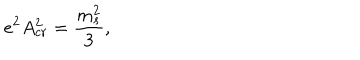
e ^ { 2 } A _ { c r } ^ { 2 } = { \frac { m _ { s } ^ { 2 } } { 3 } } ,